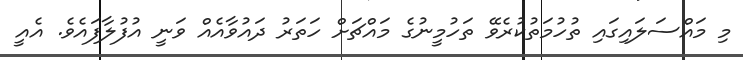
މި މައްސަލައިގައި ތުހުމަތުކުރެވޭ ތަހުމީނުގެ މައްޗަށް ހަތަރު ދައުވާއެއް ވަނީ އުފުލާފައެވެ. އެއީ